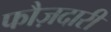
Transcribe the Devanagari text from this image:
फौज़दारी